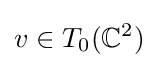
v\in T_{0}(\mathbb {C} ^{2})